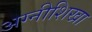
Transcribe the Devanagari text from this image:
अग्नीशिखा